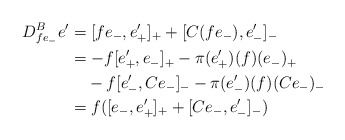
\begin{align*} D^B_{fe_-}e' & {} = [f e_-,e'_+]_+ + [C(f e_-),e'_-]_-\\ & {} = - f [e'_+,e_-]_+ - \pi(e'_+)(f)(e_-)_+\\ & \phantom{ {} =}- f [e'_-,Ce_-]_- - \pi(e'_-)(f)(C e_-)_-\\ & {} = f([e_-,e'_+]_+ + [Ce_-,e'_-]_-) \end{align*}